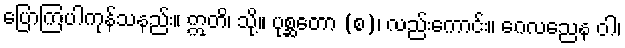
ပြောကြပါကုန်သနည်း။ ဣတိ၊ သို့။ ပုစ္ဆတော (စ)၊ လည်းကောင်း။ ဂေလညေန ဝါ၊